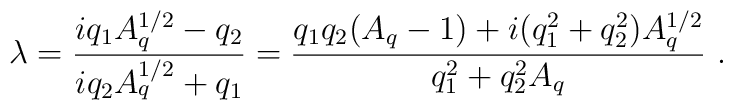
\lambda = {iq_1 A_q^{1/2} - q_2\over iq_2 A_q^{1/2} + q_1} = {q_1 q_2 (A_q -1)+ i (q_1^2 + q_2^2) A_q^{1/2}\over q_1^2 + q_2^2 A_q} \ .